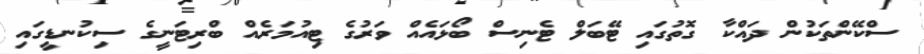
ސްކޭންތަކުން ދައްކާ ގޮތުގައި ޓޭބަލް ޓެނިސް ބޯޅައެއް ވަރުގެ ޓިއުމަރެއް ބްރިޓަނީގެ ސިކުނޑީގައި